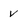
Character: v